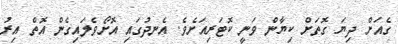
ގެއަށް ދިޔަ ގޮތަށް ކިޔާން ވަނީ ކޮޓަރިއަށެވެ. އެނދުގައި އޮށޯވެލައިގެން އޮތް އިރު